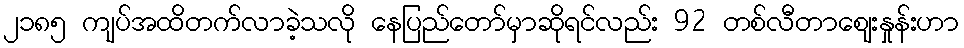
၂၁၈၅ ကျပ်အထိတက်လာခဲ့သလို နေပြည်တော်မှာဆိုရင်လည်း 92 တစ်လီတာဈေးနှုန်းဟာ